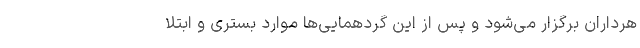
هرداران برگزار می‌شود و پس از این گردهمایی‌ها موارد بستری و ابتلا